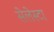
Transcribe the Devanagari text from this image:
सेलेस्टा